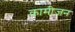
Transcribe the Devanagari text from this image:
कामीजन